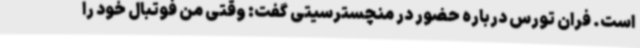
است. فران تورس درباره حضور در منچسترسیتی گفت: وقتی من فوتبال خود را